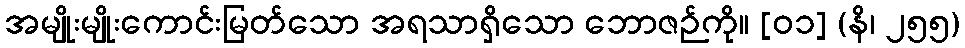
အမျိုးမျိုးကောင်းမြတ်သော အရသာရှိသော ဘောဇဉ်ကို။ [၀၁] (နိ၊ ၂၅၅)